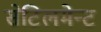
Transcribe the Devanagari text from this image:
सेटिलमेन्ट